Leprosy in India: report of the Leprosy Commission in India, 1890-91
Year: 1890
Disease focus: Leprosy
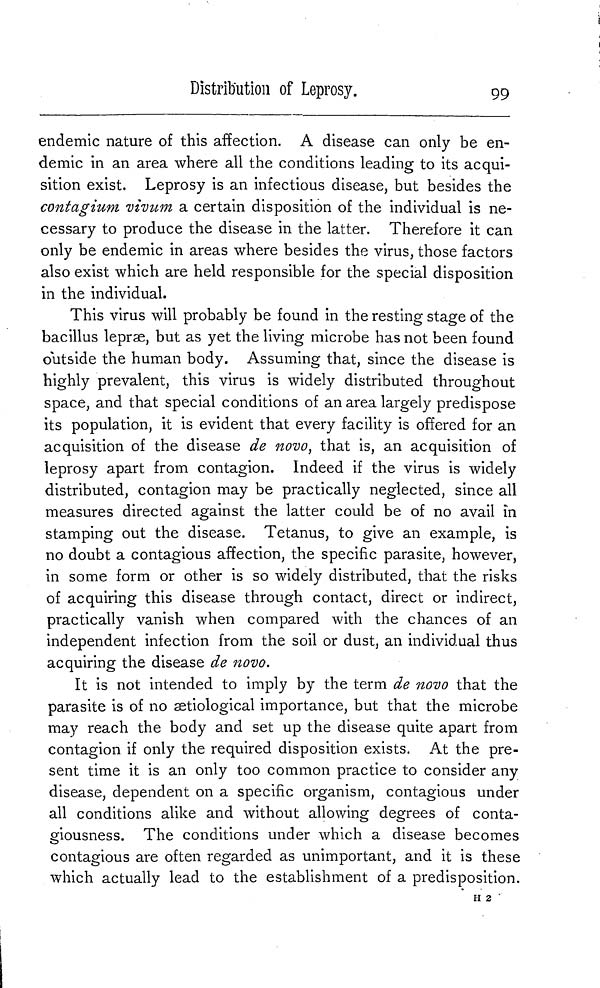
Distribution of Leprosy.
99
endemic nature of this affection. A disease can only be en-
demic in an area where all the conditions leading to its acqui-
sition exist. Leprosy is an infectious disease, but besides the
contagium vivum a certain disposition of the individual is ne-
cessary to produce the disease in the latter. Therefore it can
only be endemic in areas where besides the virus, those factors
also exist which are held responsible for the special disposition
in the individual.
This virus will probably be found in the resting stage of the
bacillus lepr
, but as yet the living microbe has not been found
outside the human body. Assuming that, since the disease is
highly prevalent, this virus is widely distributed throughout
space, and that special conditions of an area largely predispose
its population, it is evident that every facility is offered for an
acquisition of the disease de novo, that is, an acquisition of
leprosy apart from contagion. Indeed if the virus is widely
distributed, contagion may be practically neglected, since all
measures directed against the latter could be of no avail in
stamping out the disease. Tetanus, to give an example, is
no doubt a contagious affection, the specific parasite, however,
in some form or other is so widely distributed, that the risks
of acquiring this disease through contact, direct or indirect,
practically vanish when compared with the chances of an
independent infection from the soil or dust, an individual thus
acquiring the disease de novo.
It is not intended to imply by the term de novo that the
parasite is of no
tiological importance, but that the microbe
may reach the body and set up the disease quite apart from
contagion if only the required disposition exists. At the pre-
sent time it is an only too common practice to consider any
disease, dependent on a specific organism, contagious under
all conditions alike and without allowing degrees of conta-
giousness. The conditions under which a disease becomes
contagious are often regarded as unimportant, and it is these
which actually lead to the establishment of a predisposition.
H 2